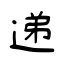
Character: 递